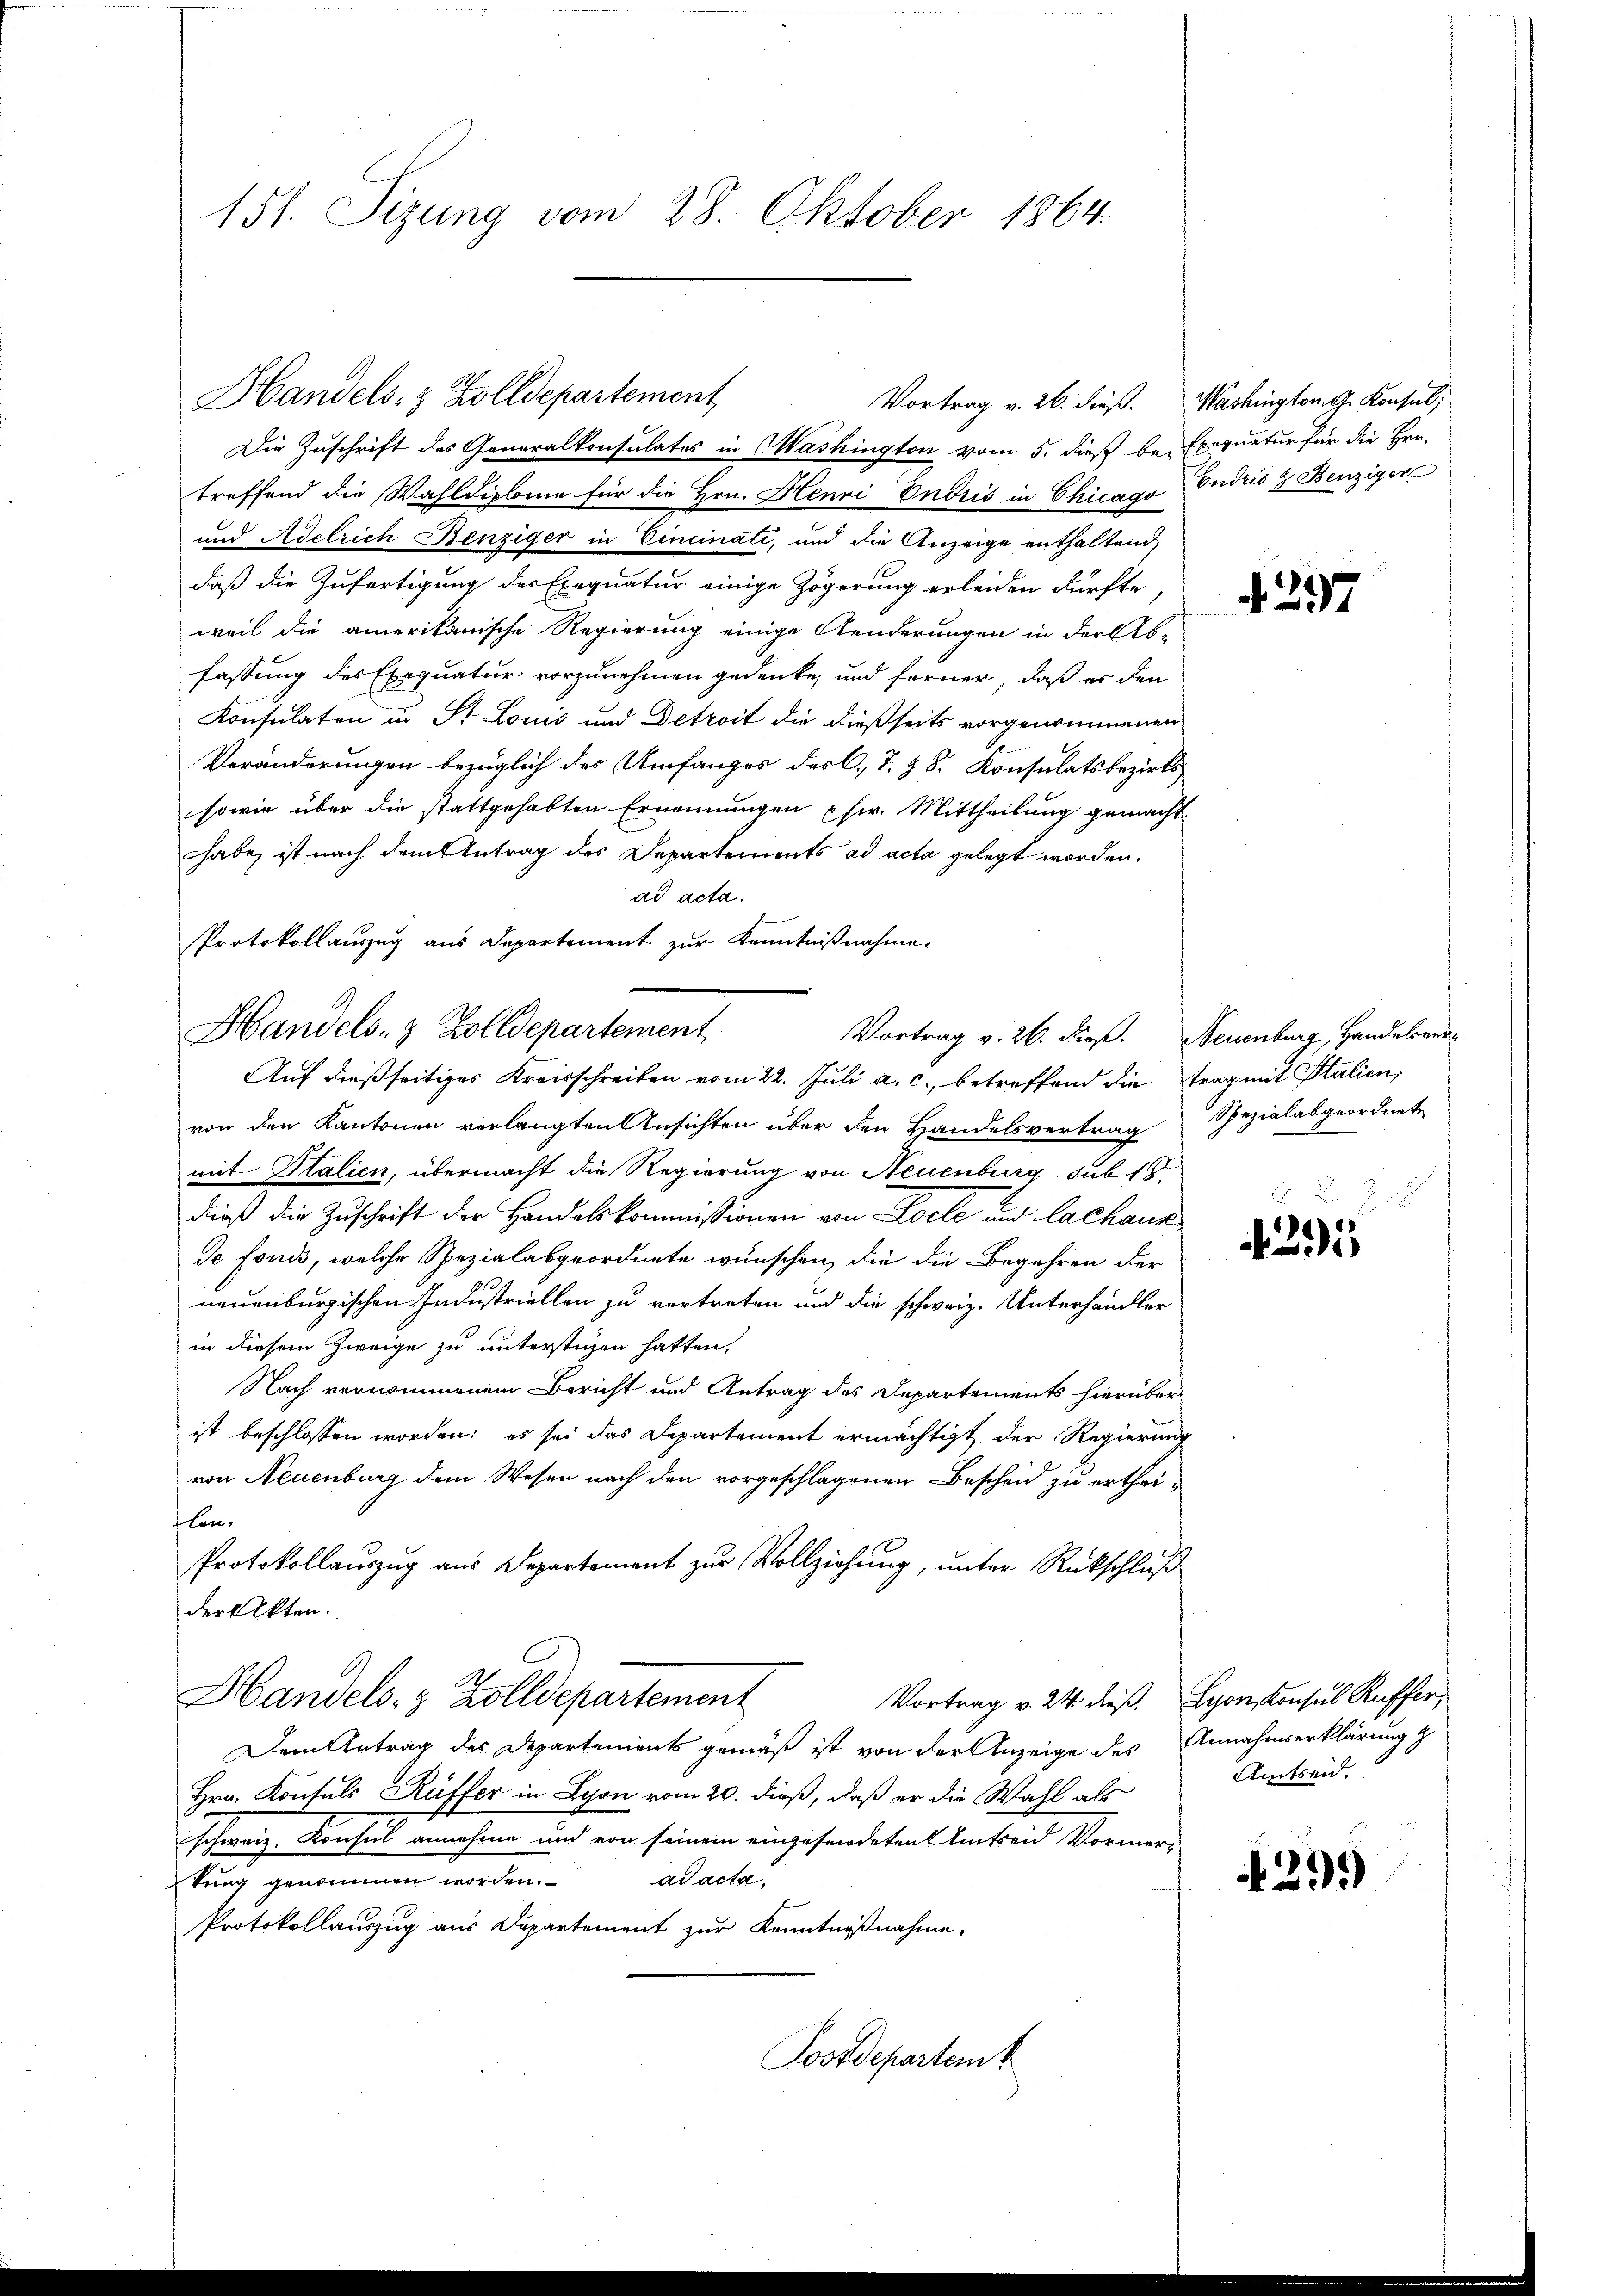
151. Sizung vom 28. Oktober 1864

Die Zuschrift des Generalkonsulates in Washington vom 5. dieß be- Exequatur für die Bran-
treffend die Wahldiplome für die Hrn. Henri Endris in Chicago Endris & Benziger
und Adelrich Benziger in Cincinati, und die Anzeige enthaltend,
daß die Zufertigung des Exequatur einige Zögerung erleiden dürfte,
weil die amerikanische Regierung einige Aenderungen in der Ab-
fassung des Exequatur vorzunehmen gedenke, und ferner, daß er den
Konsulaten in St. Louić und Detroit die dießseits vorgenommenen
Veränderungen bezüglich des Umfanges des C. T. § 8. Konsulatsbezirks¬
sowie über die stattgehabten Ernennungen usw. Mittheilung gemacht
habe, ist nach dem Antrag des Departements ad acta gelegt worden.
ad acta.
Protokollauszug aus Departement zur Kenntnißnahme.
Auf dießseitiges Kreisschreiben vom 22. Juli a. c., betreffend die trag mit Italien,
von den Kantonen verlangten Ansichten über den Handelsvertrag Spezialabgeordnete
mit Italien, übermacht die Regierung von Neuenburg sub. 18
dieß die Zuschrift der Handelskommissionen von Loele und Lachaus
de Fonds, welche Spezialabgeordnete wünschen, die die Begehren der
neuenburgischen Industriellen zu vertreten und die schweiz. Unterhändler
in diesem Zweige zu unterstüzen hatten,
Nach vernommenem Bericht und Antrag des Departements hierüber
ist beschlossen worden; es sei das Departement ermächtigt der Regierung
von Neuenburg dem Wesen nach den vorgeschlagenen Bescheid zu erthei-
flen,
Protokollaŭszŭg aŭs Departement zŭr Vollziehŭng ŭnter Rückschlŭβ
der Akten.
Handels- & Zolldepartement
Vortrag v. 24. dieß, Lyon, Konsul Kuffer,
Dem Antrag des Departements gemäß ist von der Anzeige des Annahmserklärung z
Hrn. Konsuls Rüffer in Lyon vom 20. dieß, daß er die Wahl als
schweiz. Konsul annehme und von seinem eingesandeten Amtseid Vormer-
tung genommen worden. ad acta.
Protokollauszug aus Departement zur Kenntnißnahme.
Postdepartem

Handels- & Zolldepartement

Handels- & Zolldepartement
Vortrag v. 26. dieß. Neuenburg, Handelsver¬

Vortrag v. 26. dieß. Washington G. Konsul,

4257

2 x
25

Amtseid.

39)